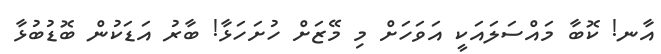
އާނ! ކޮބާ މައްސަލައަކީ އަވަހަށް މި މޭޒަށް ހުށަހަޅާ! ބާރު އަޑަކުން ބޮޑުބުޅާ